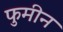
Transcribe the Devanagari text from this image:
फुमीन